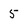
Character: 5